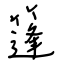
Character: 篷